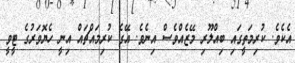
އެކެވެ. ކުރިމަތީގައި ބިއްލޫރި މޭޒެއްވެސް އިނެވެ. އޭގެ ކުރިމައްޗައް އިނީ ހެޔޮވަރުގެ ޓީވީ